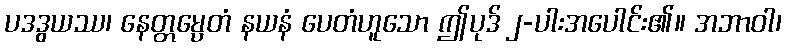
ပဒဒွယဿ၊ နေတ္တမ္ပေတံ နယနံ ပေတံဟူသော ဤပုဒ် ၂-ပါးအပေါင်း၏။ အဘာဝါ၊